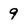
Character: 9